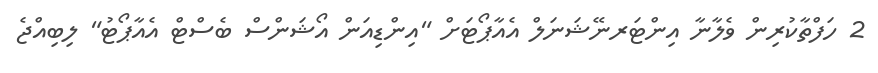
2 ހަފްތާކުރިން ވެލާނާ އިންޓަރނޭޝަނަލް އެއާޕޯޓަށް "އިންޑިއަން އޯޝަންސް ބެސްޓް އެއާޕޯޓު" ލިބިއްޖެ